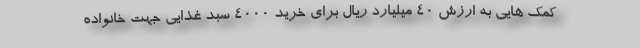
کمک هایی به ارزش 40 میلیارد ریال برای خرید 4000 سبد غذایی جهت خانواده